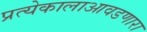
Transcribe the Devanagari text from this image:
प्रत्येकालाआवडणारा